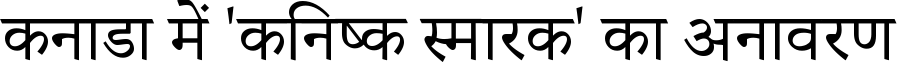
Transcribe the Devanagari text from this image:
कनाडा में 'कनिष्क स्मारक' का अनावरण